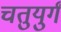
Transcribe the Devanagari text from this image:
चतुयुर्गं